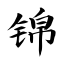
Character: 锦